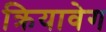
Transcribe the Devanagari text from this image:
क्रियावेग